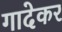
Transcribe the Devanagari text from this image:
गादेकर